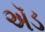
ઍડ